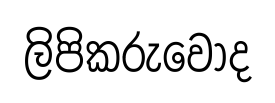
ලිපිකරුවෝද